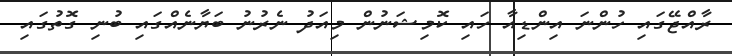
ރާއްޖޭގައި ހުންނަ އިންޑިއާ ހައި ކޮމިޝަނުން މިއަދު ނެރުނު ބަޔާނެއްގައި ބުނި ގޮތުގައި